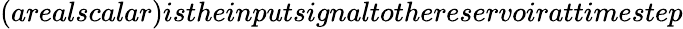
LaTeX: (arealscalar)istheinputsignaltothereservoirattimestep